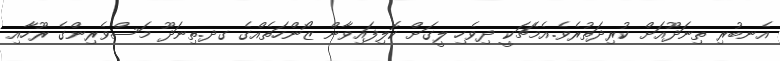
އެނބުރި ތިނަދޫއަށް ކުރިދަތުރެވެ.އެމެޗަކީ ދިވެހި ލީގަށް ކޮލިފައިވާން ޒޯންހަތެއްގެ ގދ.ތިނަދޫ މަސްވެރިންގެ ރޫހާއި